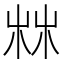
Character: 𣑼